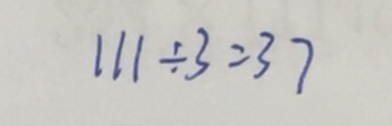
1 1 1 \div 3 = 3 7